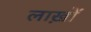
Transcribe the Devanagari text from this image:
लाख़ों